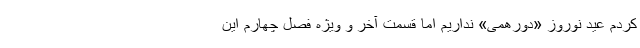
کردم عید نوروز «دورهمی» نداریم اما قسمت آخر و ویژه فصل چهارم این